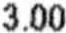
3.00